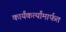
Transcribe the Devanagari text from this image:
कार्यंकर्त्यांमार्फत